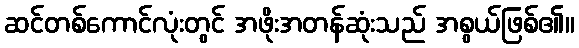
ဆင်တစ်ကောင်လုံးတွင် အဖိုးအတန်ဆုံးသည် အစွယ်ဖြစ်၏။